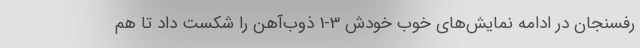
رفسنجان در ادامه نمایش‌های خوب خودش 3-1 ذوب‌آهن را شکست داد تا هم